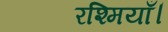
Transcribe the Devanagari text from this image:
रश्मियाँ।